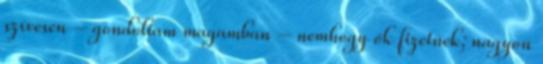
szívesen – gondoltam magamban – nemhogy ők fizetnek; nagyon